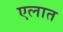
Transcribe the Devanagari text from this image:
एलात